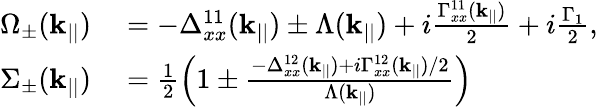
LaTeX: \begin{array}{rl}{\Omega_{\pm}(\mathbf{k}_{||})}&{{}=-\Delta_{xx}^{11}(\mathbf{k}_{||})\pm\Lambda(\mathbf{k}_{||})+i\frac{\Gamma_{xx}^{11}(\mathbf{k}_{||})}{2}+i\frac{\Gamma_{1}}{2},}\\ {\Sigma_{\pm}(\mathbf{k}_{||})}&{{}=\frac{1}{2}\left(1\pm\frac{-\Delta_{xx}^{12}(\mathbf{k}_{||})+i\Gamma_{xx}^{12}(\mathbf{k}_{||})/2}{\Lambda(\mathbf{k}_{||})}\right)}\end{array}